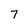
Character: 7